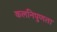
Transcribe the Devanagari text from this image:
कलनिपुणता